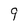
Character: 9